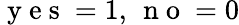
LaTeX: \mathrm{~y~e~s~}=1,\, \mathrm{~n~o~}=0